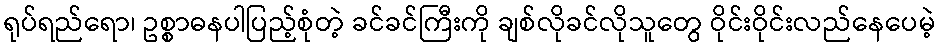
ရုပ်ရည်ရော၊ ဥစ္စာဓနပါပြည့်စုံတဲ့ ခင်ခင်ကြီးကို ချစ်လိုခင်လိုသူတွေ ဝိုင်းဝိုင်းလည်နေပေမဲ့